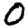
Digit: 0